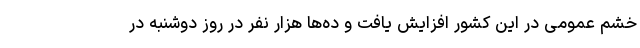
خشم عمومی در این کشور افزایش یافت و ده‌ها هزار نفر در روز دوشنبه در